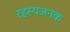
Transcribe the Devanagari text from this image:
रहस्यजनक